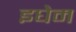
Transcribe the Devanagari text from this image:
इघेम